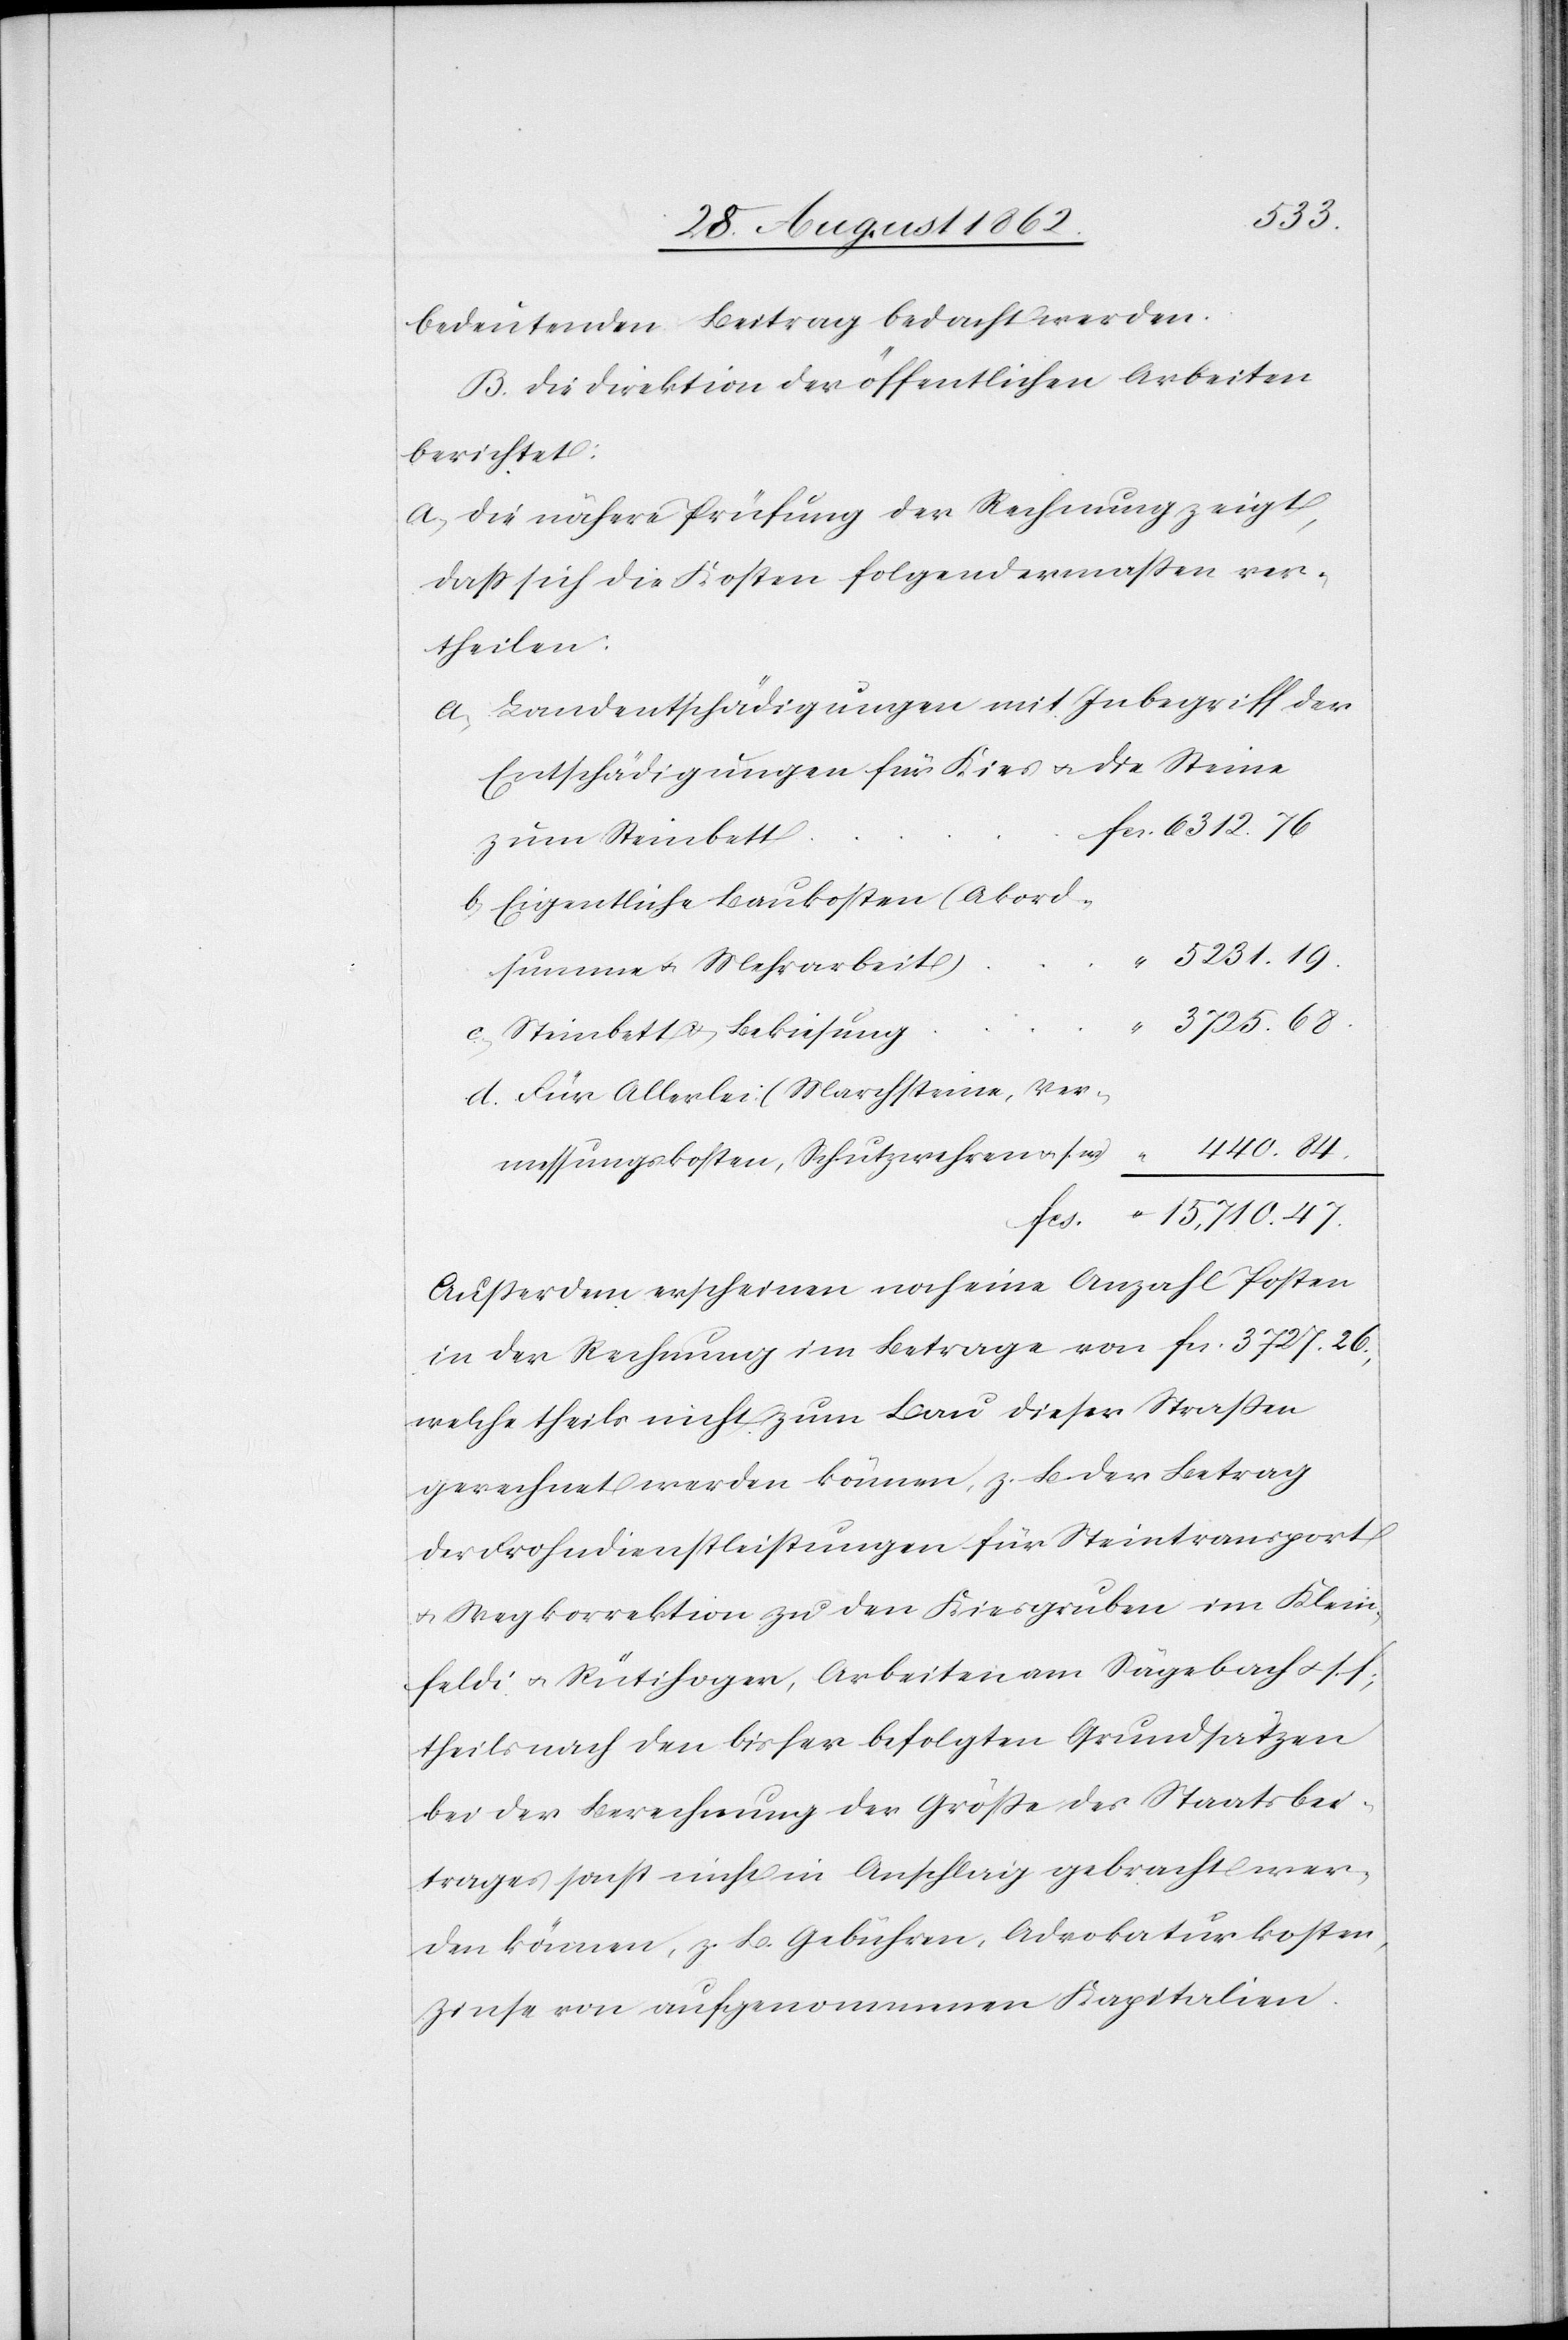
47.
bedeutenden Beitrag bedacht werden.
B. Die Direktion der öffentlichen Arbeiten
berichtet:
a. die nähere Prüfung der Rechnung zeigt,
daß sich die Kosten folgendermaßen ver¬
theilen:
a) Landentschädigungen mit Inbegriff der
Entschädigungen für Kies u. die Steine
zum Steinbett
b) Eigentliche Baukosten (Akord¬
summe u. Mehrarbeit)
c) Steinbett u. Bekiesung
d) Für Allerlei (Marchsteine, Ver¬
440.
messungskosten, Schutzwehren u. s.
Außerdem erscheinen noch eine Anzahl Posten
in der Rechnung im Betrage von fcs. 3727. 26.,
welche theils nicht zum Bau dieser Straßen
gerechnet werden können, z. B. der Betrag
der Frohndienstleistungen für Steintransport
u. Wegkorrektion zu den Kiesgruben im Klein¬
feldi u. Rütihoger, Arbeiten am Sägebach u. s. f.,
theils nach den bisher befolgten Grundsätzen
bei der Berechnung der Größe des Staatsbei¬
trages sonst nicht in Anschlag gebracht wer¬
den können, z. B. Gebühren, Advokaturkosten,
Zinse von aufgenommenen Kapitalien.